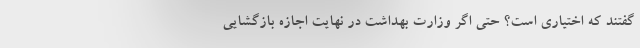
گفتند که اختیاری است؟ حتی اگر وزارت بهداشت در نهایت اجازه بازگشایی